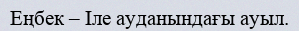
Еңбек – Іле ауданындағы ауыл.